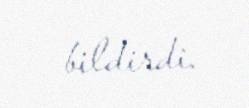
bildirdi.